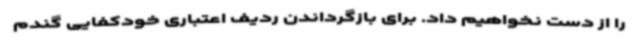
را از دست نخواهیم داد. برای بازگرداندن ردیف اعتباری خودکفایی گندم